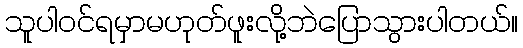
သူပါဝင်ရမှာမဟုတ်ဖူးလို့ဘဲပြောသွားပါတယ်။